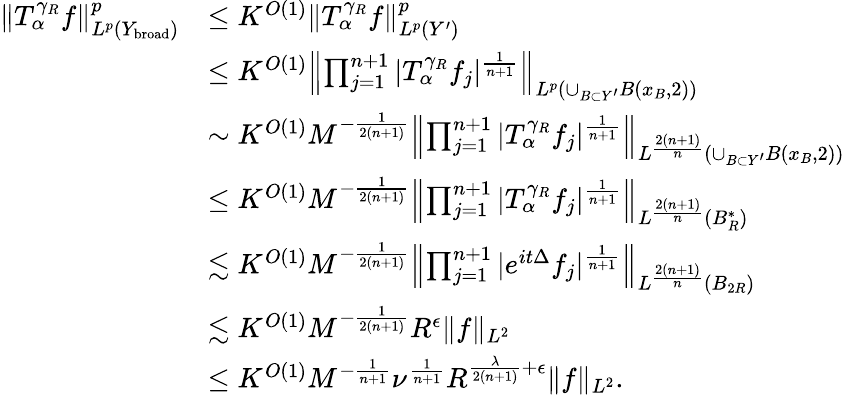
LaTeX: \begin{array}{rl}{\| T_{\alpha}^{\gamma_{R}}f\| _{L^{p}(Y_{\mathrm{broad}})}^{p}}&{\leq K^{O(1)}\| T_{\alpha}^{\gamma_{R}}f\| _{L^{p}(Y^{\prime})}^{p}}\\ &{\leq K^{O(1)}\left\| \prod_{j=1}^{n+1}|T_{\alpha}^{\gamma_{R}}f_{j}|^{\frac{1}{n+1}}\right\| _{L^{p}(\cup_{B\subset Y^{\prime}}B(x_{B},2))}}\\ &{\sim K^{O(1)}M^{-\frac{1}{2(n+1)}}\left\| \prod_{j=1}^{n+1}|T_{\alpha}^{\gamma_{R}}f_{j}|^{\frac{1}{n+1}}\right\| _{L^{\frac{2(n+1)}{n}}(\cup_{B\subset Y^{\prime}}B(x_{B},2))}}\\ &{\leq K^{O(1)}M^{-\frac{1}{2(n+1)}}\left\| \prod_{j=1}^{n+1}|T_{\alpha}^{\gamma_{R}}f_{j}|^{\frac{1}{n+1}}\right\| _{L^{\frac{2(n+1)}{n}}(B_{R}^{\ast})}}\\ &{\lesssim K^{O(1)}M^{-\frac{1}{2(n+1)}}\left\| \prod_{j=1}^{n+1}|e^{it\Delta}f_{j}|^{\frac{1}{n+1}}\right\| _{L^{\frac{2(n+1)}{n}}(B_{2R})}}\\ &{\lesssim K^{O(1)}M^{-\frac{1}{2(n+1)}}R^{\epsilon}\| f\| _{L^{2}}}\\ &{\leq K^{O(1)}M^{-\frac{1}{n+1}}\nu^{\frac{1}{n+1}}R^{\frac{\lambda}{2(n+1)}+\epsilon}\| f\| _{L^{2}}.}\end{array}